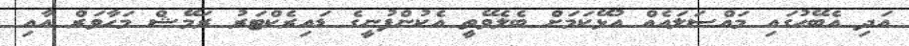
އަދި އެބޭހުގައި މައްސަލައެއް އުޅޭކަމަށް ބެލެވޭތީ އެކުންފުނީގެ ޑައިރެކްޓަރު ރަމޭޝް މަހާވަރް އާއި